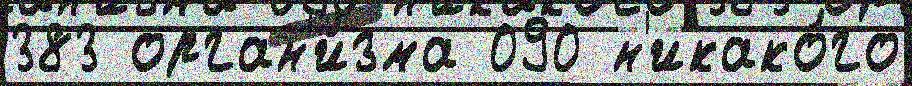
383 орган'и́зма 090 н'икако́го